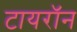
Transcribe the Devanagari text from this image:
टायराॅन